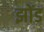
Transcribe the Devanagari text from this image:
झोंड